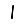
Digit: 1